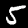
Label: 5